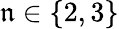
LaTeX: \mathfrak{n}\in\{ 2,3\}